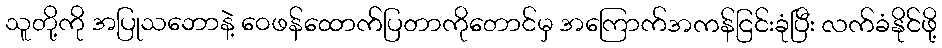
သူတို့ကို အပြုသဘောနဲ့ ဝေဖန်ထောက်ပြတာကိုတောင်မှ အကြောက်အကန်ငြင်းခုံပြီး လက်ခံနိုင်ဖို့